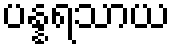
ပန္နရသာယ